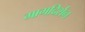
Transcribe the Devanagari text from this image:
मागदिर्शन